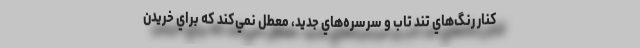
كنار رنگ‌هاي تند تاب و سرسره‌هاي جديد، معطل نمي‌كند كه براي خريدن